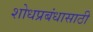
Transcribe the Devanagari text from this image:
शोधप्रबंधासाठी